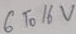
Text: 6 To 16V